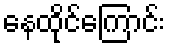
နေထိုင်ကြောင်း